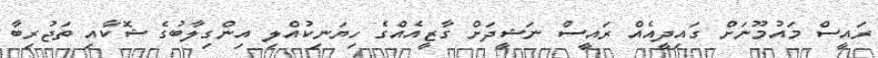
ރައީސް މައުމޫނަށް ގައިދީއެއް ރައީސް ނަޝީދަށް ގާޒީއެއްގެ ހިޔަނިކުއްލި އިންގިލާބުގެ ޝޮކާއި ތަޖުރިބާ